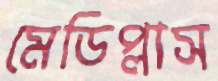
মেডিপ্লাস